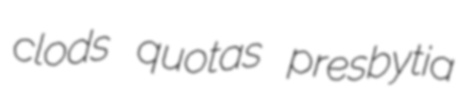
clods quotas presbytia